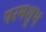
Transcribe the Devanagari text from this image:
परमशुभ